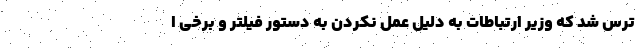
ترس شد که وزیر ارتباطات به دلیل عمل نکردن به دستور فیلتر و برخی ا